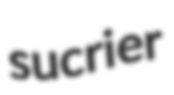
sucrier